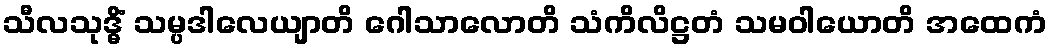
သီလသုဒ္ဓိံ သမ္ပဒါလေယျာတိ ဂေါသာလောတိ သံကိလိဋ္ဌတံ သမဝါယောတိ အထေကံ